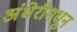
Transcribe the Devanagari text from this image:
अंधेरीमधून